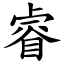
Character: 睿